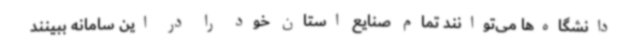
دانشگاه‌ها می‌توانند تمام صنایع استان خود را در این سامانه ببینند